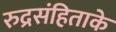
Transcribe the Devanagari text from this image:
रुद्रसंहिताके